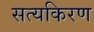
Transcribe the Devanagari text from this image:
सत्यकिरण